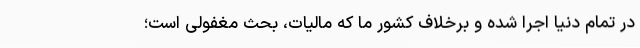
در تمام دنیا اجرا شده‌ و برخلاف کشور ما که مالیات، بحث مغفولی ا‌ست؛